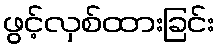
ဖွင့်လှစ်ထားခြင်း